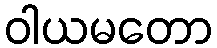
ဝါယမတော